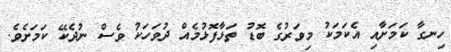
ހިނގާ ކަމަށާއި އެކަމަކު މިވަރުގެ ބޮޑު ތަޅާފޮޅުމެއް ދުވަހަކު ވެސް ނުދެކޭ ކަމަށެވެ.